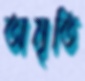
অমৃতি